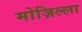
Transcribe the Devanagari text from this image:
मोज़िल्ला